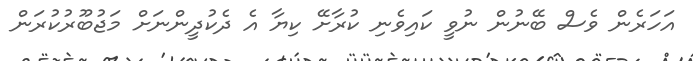
އަހަރެން ވެސް ބޭނުން ނުވީ ކައިވެނި ކުރާށޭ ކިޔާ އެ ދެކުދީންނަށް މަޖުބޫރުކުރަން